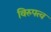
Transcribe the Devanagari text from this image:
विरुपत्व